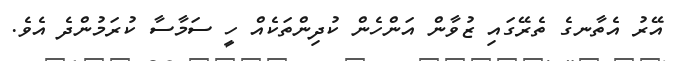
އޭރު އެތާނގެ ތެރޭގައި ޒުވާން އަންހެން ކުދިންތަކެއް ހީ ސަމާސާ ކުރަމުންދެ އެވެ.